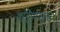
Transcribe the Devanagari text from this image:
षड्रिपूंपासून